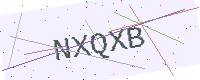
Text: NXQXB